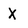
Character: x